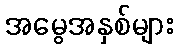
အမွေအနှစ်များ